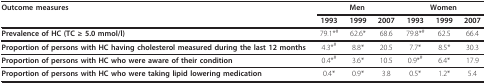
<table><thead><tr><td><b>Outcome measures</b></td><td colspan="3"><b>Men</b></td><td colspan="3"><b>Women</b></td></tr><tr><td></td><td><b>1993</b></td><td><b>1999</b></td><td><b>2007</b></td><td><b>1993</b></td><td><b>1999</b></td><td><b>2007</b></td></tr></thead><tbody><tr><td><b>Prevalence of HC (TC ≥ 5.0 mmol/l)</b></td><td>79.1*<sup>#</sup></td><td>62.6*</td><td>68.6</td><td>79.8*<sup>#</sup></td><td>62.5</td><td>66.4</td></tr><tr><td><b>Proportion of persons with HC having cholesterol measured during the last 12 months</b></td><td>4.3*<sup>#</sup></td><td>8.8*</td><td>20.5</td><td>7.7*</td><td>8.5*</td><td>30.3</td></tr><tr><td><b>Proportion of persons with HC who were aware of their condition</b></td><td>0.4*<sup>#</sup></td><td>3.6*</td><td>10.5</td><td>0.9*<sup>#</sup></td><td>6.4*</td><td>17.9</td></tr><tr><td><b>Proportion of persons with HC who were taking lipid lowering medication</b></td><td>0.4*</td><td>0.9*</td><td>3.8</td><td>0.5*</td><td>1.2*</td><td>5.4</td></tr></tbody></table>